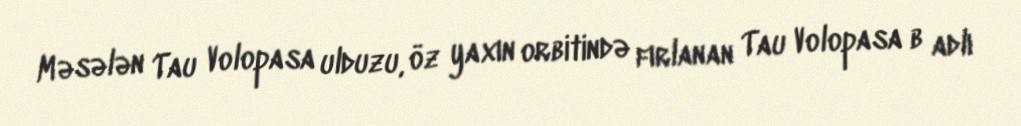
Məsələn Tau Volopasa ulduzu, öz yaxın orbitində fırlanan Tau Volopasa b adlı